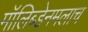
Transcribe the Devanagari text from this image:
मॉलिब्डेनमलाच